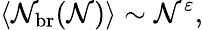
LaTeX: \langle\mathcal{N}_{\mathrm{{br}}}(\mathcal{N})\rangle\sim\mathcal{N}^{\varepsilon},